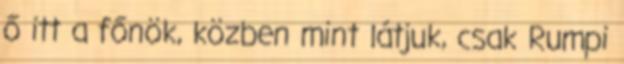
ő itt a főnök, közben mint látjuk, csak Rumpi